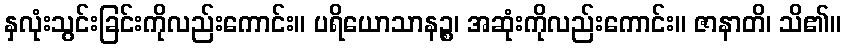
နှလုံးသွင်းခြင်းကိုလည်းကောင်း။ ပရိယောသာနဉ္စ၊ အဆုံးကိုလည်းကောင်း။ ဇာနာတိ၊ သိ၏။